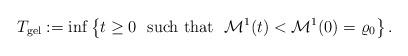
LaTeX: \begin{align*} T_{\mathrm{gel}}:= \inf\left\{t\geq 0 \ \ \mbox{such that} \ \ \mathcal{M}^{1}(t)<\mathcal{M}^{1}(0)=\varrho_{0}\right\}.\end{align*}